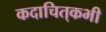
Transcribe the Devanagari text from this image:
कदाचित्‌कभी